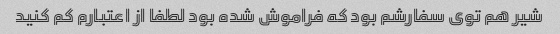
شیر هم توی سفارشم بود که فراموش شده بود لطفا از اعتبارم کم کنید